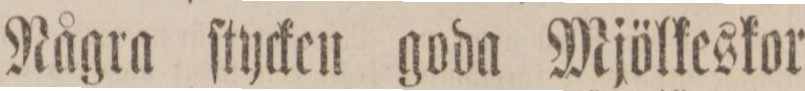
Några ſtycken goda Mjölkeskor